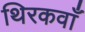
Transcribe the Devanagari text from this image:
थिरकवाँ